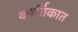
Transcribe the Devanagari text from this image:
कार्तिकात